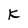
Character: K